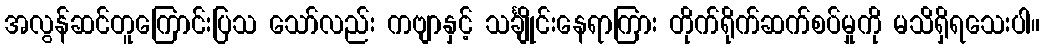
အလွန်ဆင်တူကြောင်းပြသ သော်လည်း ကဗျာနှင့် သင်္ချိုင်းနေရာကြား တိုက်ရိုက်ဆက်စပ်မှုကို မသိရှိရသေးပါ။